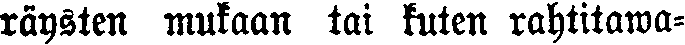
räysten mukaan tai kuten rahtitawa-